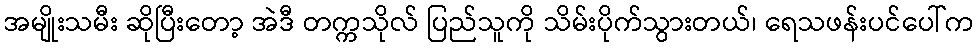
အမျိုးသမီး ဆိုပြီးတော့ အဲဒီ တက္ကသိုလ် ပြည်သူကို သိမ်းပိုက်သွားတယ်၊ ရေသဖန်းပင်ပေါ်က